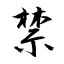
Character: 禁